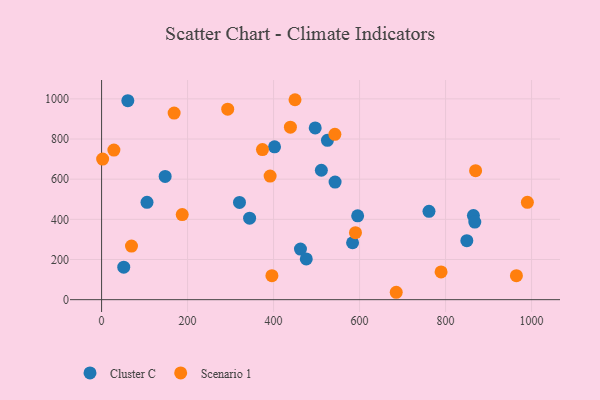
{"axis": {"x": "Investment", "y": "Demand"}, "legend": ["Cluster C", "Scenario 1"], "data": [{"x": "105.6", "y": 484.7, "type": "Cluster C"}, {"x": "402.2", "y": 761.1, "type": "Cluster C"}, {"x": "344.2", "y": 405.8, "type": "Cluster C"}, {"x": "543.0", "y": 585.5, "type": "Cluster C"}, {"x": "849.4", "y": 293.6, "type": "Cluster C"}, {"x": "51.5", "y": 161.6, "type": "Cluster C"}, {"x": "511.1", "y": 644.5, "type": "Cluster C"}, {"x": "525.2", "y": 793.5, "type": "Cluster C"}, {"x": "61.0", "y": 990.8, "type": "Cluster C"}, {"x": "462.5", "y": 251.9, "type": "Cluster C"}, {"x": "320.7", "y": 484.3, "type": "Cluster C"}, {"x": "864.7", "y": 418.7, "type": "Cluster C"}, {"x": "496.8", "y": 855.0, "type": "Cluster C"}, {"x": "867.9", "y": 386.5, "type": "Cluster C"}, {"x": "761.4", "y": 439.9, "type": "Cluster C"}, {"x": "147.8", "y": 613.6, "type": "Cluster C"}, {"x": "583.7", "y": 283.5, "type": "Cluster C"}, {"x": "476.0", "y": 202.7, "type": "Cluster C"}, {"x": "595.5", "y": 417.5, "type": "Cluster C"}, {"x": "542.5", "y": 823.3, "type": "Scenario 1"}, {"x": "869.8", "y": 642.3, "type": "Scenario 1"}, {"x": "990.2", "y": 484.6, "type": "Scenario 1"}, {"x": "396.1", "y": 119.5, "type": "Scenario 1"}, {"x": "69.5", "y": 266.8, "type": "Scenario 1"}, {"x": "439.1", "y": 859.1, "type": "Scenario 1"}, {"x": "685.2", "y": 36.8, "type": "Scenario 1"}, {"x": "374.1", "y": 747.3, "type": "Scenario 1"}, {"x": "391.9", "y": 615.5, "type": "Scenario 1"}, {"x": "2.4", "y": 700.2, "type": "Scenario 1"}, {"x": "293.3", "y": 948.7, "type": "Scenario 1"}, {"x": "168.7", "y": 929.1, "type": "Scenario 1"}, {"x": "187.5", "y": 423.6, "type": "Scenario 1"}, {"x": "789.5", "y": 138.2, "type": "Scenario 1"}, {"x": "590.4", "y": 333.6, "type": "Scenario 1"}, {"x": "449.8", "y": 995.6, "type": "Scenario 1"}, {"x": "28.6", "y": 745.0, "type": "Scenario 1"}, {"x": "964.7", "y": 119.4, "type": "Scenario 1"}]}